Burma Government Medical School reports 1907-22
Year: 1907
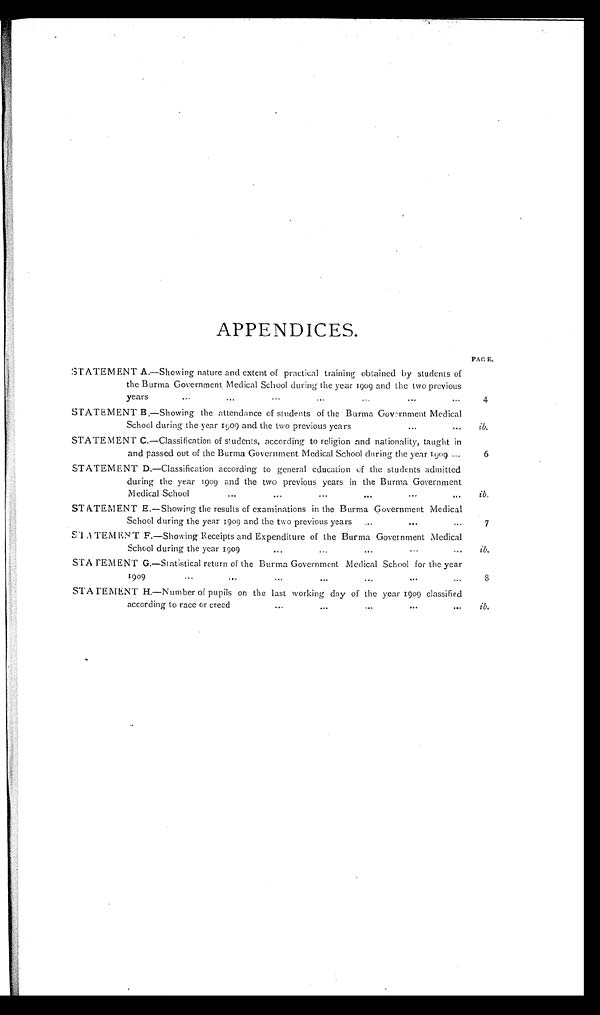
4
ib.
6
7
ib.
8
APPENDICES.
STATEMENT A.—Showing nature and extent of practical training obtained by students of
the Burma Government Medical School during the year 1909 and the two previous
year s . . . . . . . . . . . . . . . . . . . . .
STATEMENT B.—Showing the attendance of students of the Burma Government Medical
School during the year 1909 and the two previous years ... ...
STATEMENT C.—Classification of students, according to religion and nationality, taught in
and passed out of the Burma Government Medical School during the year 1909 ...
STATEMENT D.—Classification according to general education of the students admitted
during the year 1909 and the two previous years in the Burma Government
Medical School ... ... ... ... ... ...
STATEMENT E.—Showing the results of examinations in the Burma Government Medical
School during the year 1909 and the two previous years ... ... ...
STATEMENT F.—Showing Receipts and Expenditure of the Burma Government Medical
School during the year 1909 ... ... ... ... ...
STATEMENT G.—Statistical return of the Burma Government Medical School for the year
1909 ... ... ... ... ... ... ...
STATEMENT H.—Number of pupils on the last working day of the year 1909 classified
according to race or creed ... ... ... ... ...
PAGE.